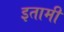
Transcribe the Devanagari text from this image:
इतामी